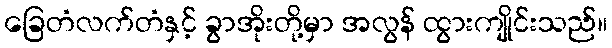
ခြေတံလက်တံနှင့် ခွာအိုးတို့မှာ အလွန် ထွားကျိုင်းသည်။